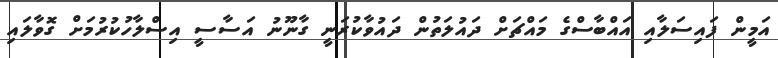
އަމީން ފައިސަލާއި އައްބާސްގެ މައްޗަށް ދައުލަތުން ދައުވާކުރަނީ ގާނޫނު އަސާސީ އިސްލާހުކުރުމަށް ގޮވާލައި